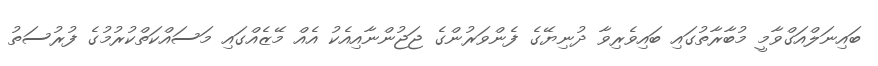
ބައިނަލްއަގްވާމީ މުބާރާތުގައި ބައިވެރިވާ ދުނިޔޭގެ ފެންވަރުންގެ ޖަޖުންނާއިއެކު އެއް މޭޒެއްގައި މަސައްކަތްކުރުމުގެ ފުރުސަތު